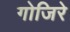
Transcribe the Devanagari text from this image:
गोजिरे